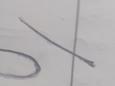
Signature authenticity: forged